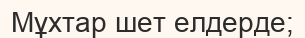
Мұхтар шет елдерде;